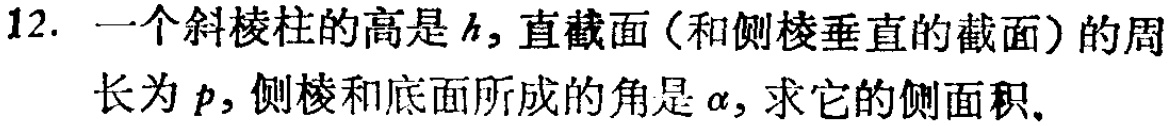
12. 一个斜棱柱的高是\(h\)，直截面（和侧棱垂直的截面）的周长为\(p\)，侧棱和底面所成的角是\(\alpha\)，求它的侧面积。